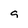
Character: g